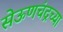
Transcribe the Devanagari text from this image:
सेऊणचंद्रच्या